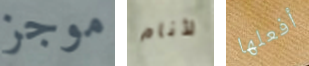
موجز لأنام أفعلها